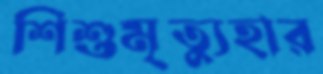
শিশুমৃত্যুহার